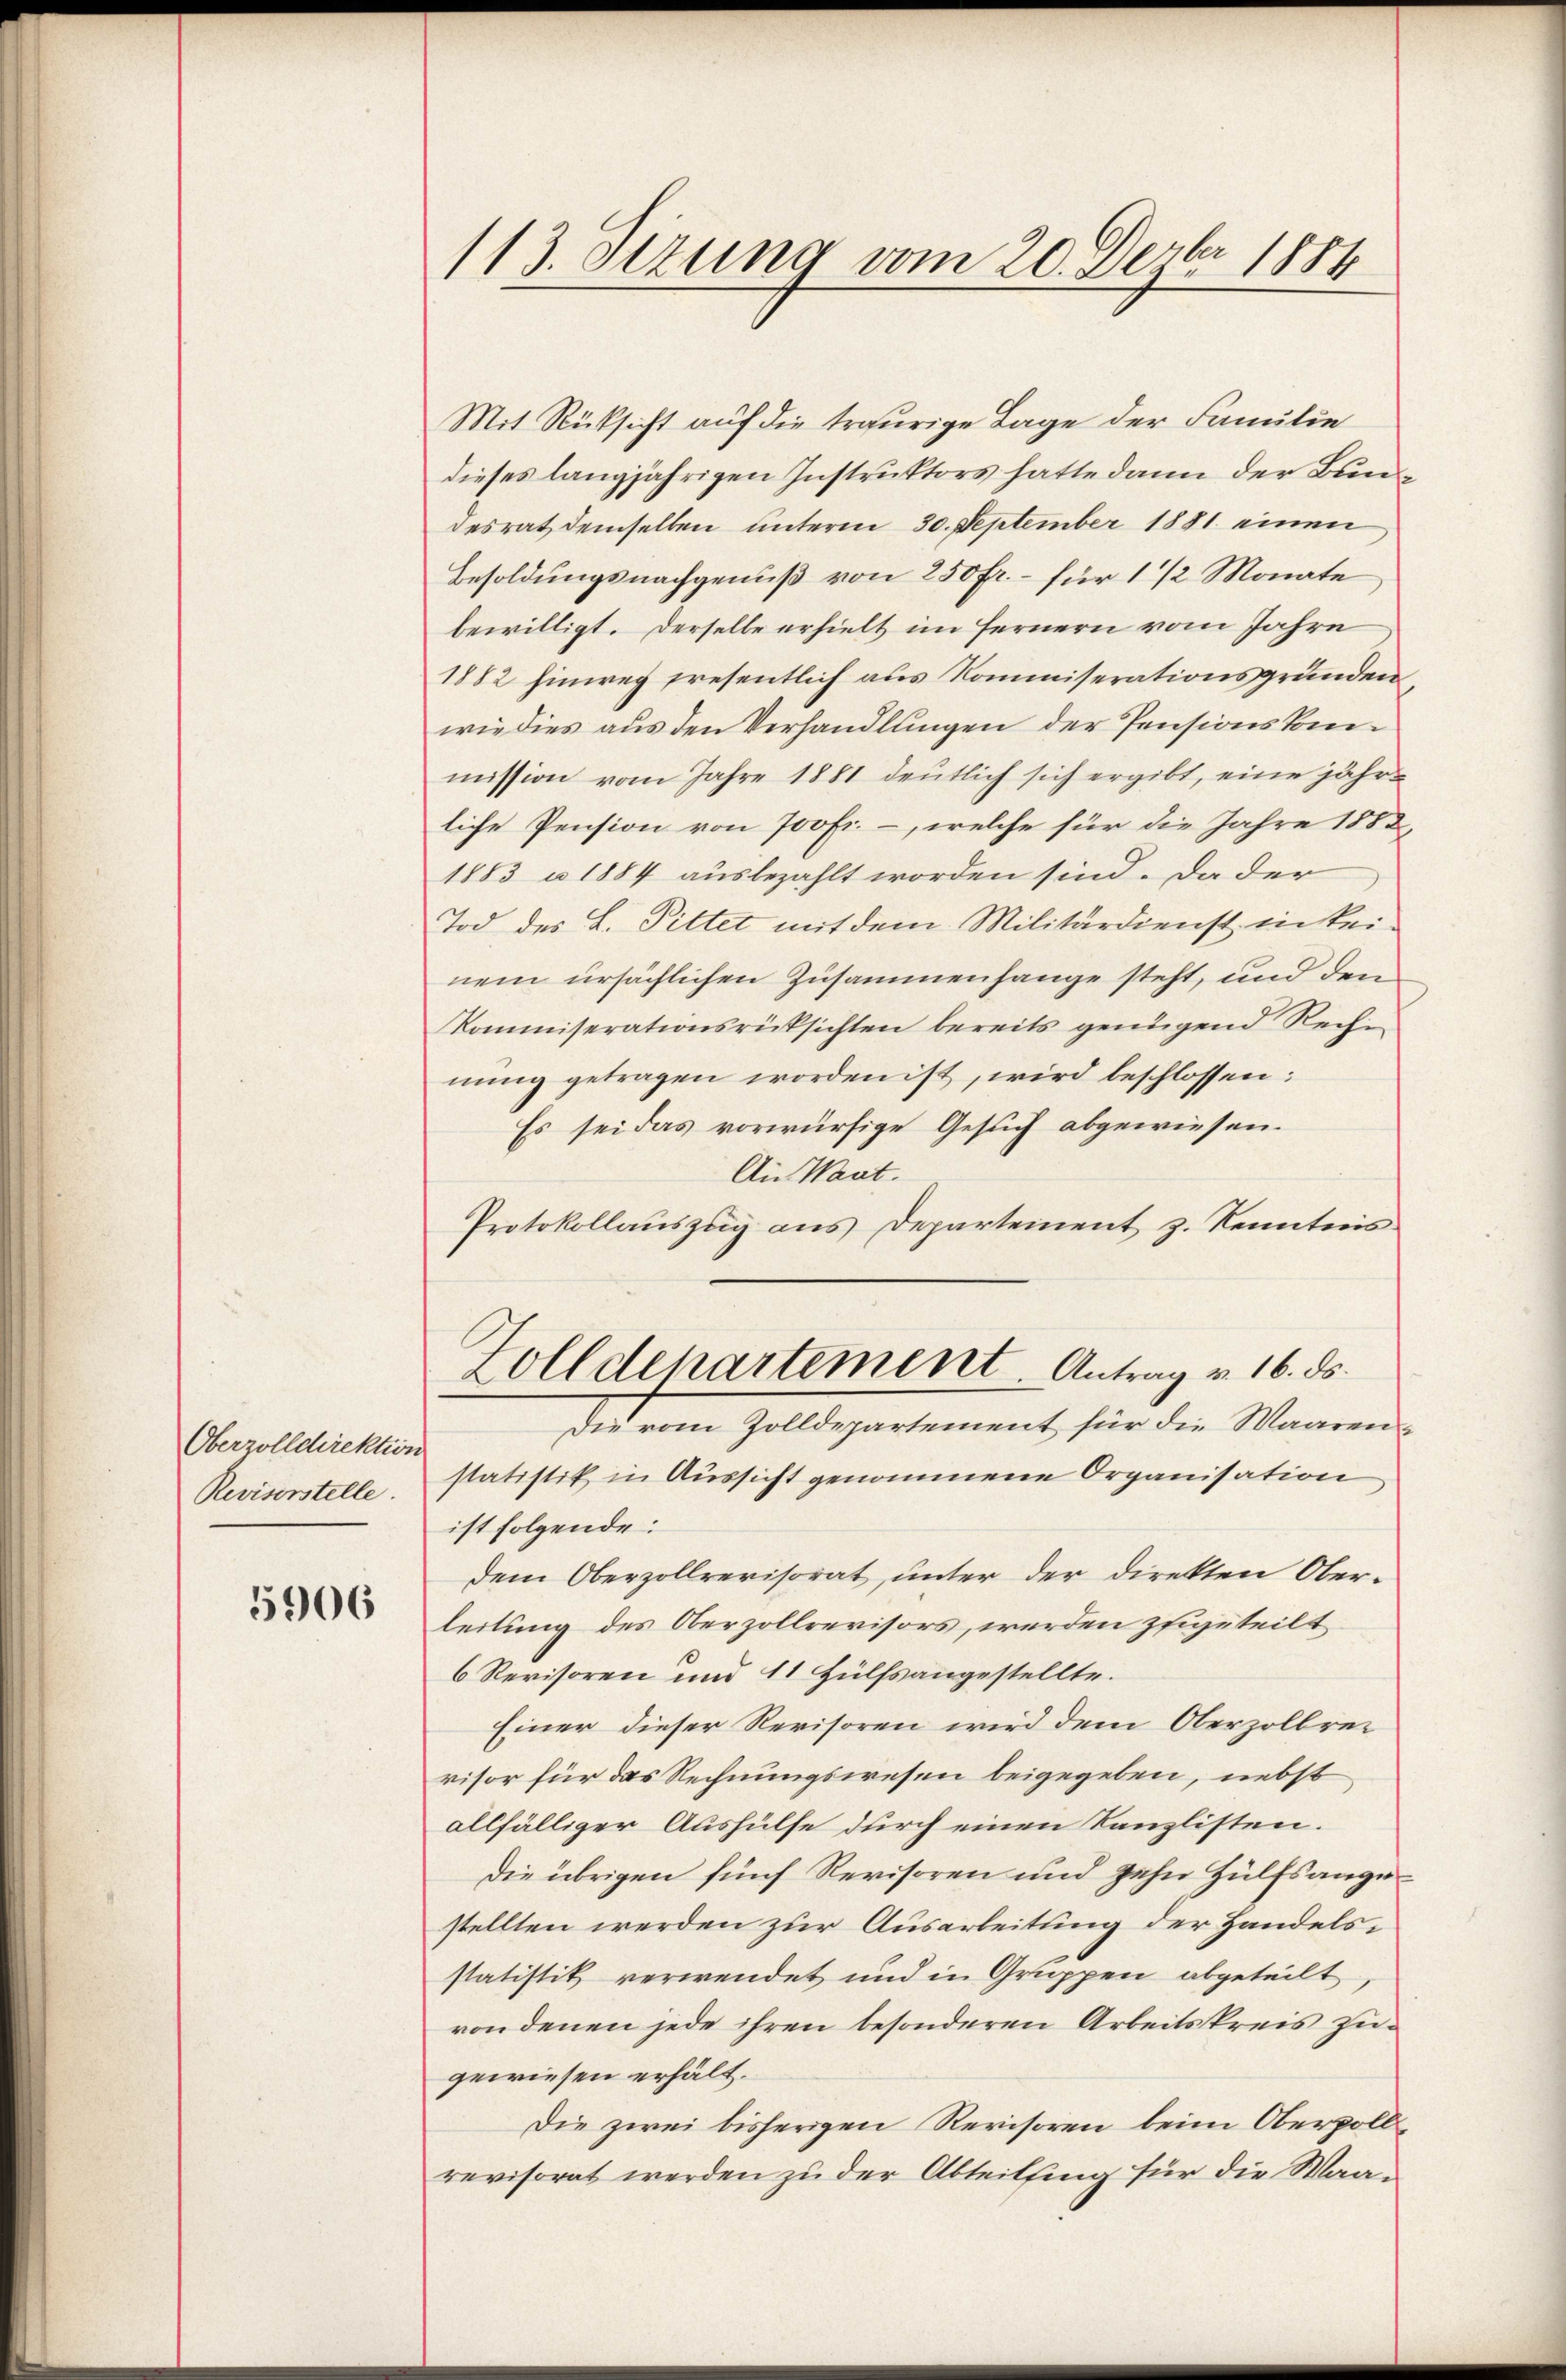
Oberzolldirektion
Reviserstelle.

5906

113. Stzung vom 20. Dezbr 1884

Mit Rücksicht auf die traurige Lage der Familie
dieses langjährigen Instruktors hatte dann der Bundesrat demselben unterm 30. September 1881 einen
Besoldungsnachgenuß von 250 fr. – für 1 1/2 Monate
bewilligt. Derselbe erhielt im Fernern vom Jahre
1882 hinweg presentlich aus Kommiserationsgründen
wie dies aus den Verhandlungen der Pensionskommission vom Jahre 1881 deutlich sich ergibt, eine jährliche Pension von 700 Fr. –, welche für die Jahre 1882,
1883 u. 1884 ausbezahlt worden sind. Da der
Tod des L. Pittet mit dem Militärdienst in keinem ursächlichen Zusammenhange steht, und den
Kommiserationsrücksichten bereits genügend Rechn
nŭng getragen worden ist, wird beschlossen:
Es sei das vorwürfige Gesuch abgewiesen.
An Waat.
Protokollaŭszŭg ans Departement z. Kenntnis
Zolldepartement. Antrag v. 16. ds.
Die vom Zolldepartement für die Waarenstatistik in Aussicht genommene Organisation
ist folgende:
dem Oberzollrevisorat, unter der Direkten Oberleitung des Oberzollrevisors, werden zugeteilt
6 Revisoren und 11 Hülfsangestellte.
Einer dieser Revisoren wird dem Oberzollrei
visor für das Rechnungswesen beigegeben, nebst
allfälliger Aushülfe durch einen Kanzlisten.
Die übrigen fünf Revisoren und zehn Hülfsangestellten werden zur Ausarbeitung der Handelsstatistik verwendet und in Gruppen abgeteilt
von denen jede ihren besonderen Arbeitskreis zugewiesen erhält.
Die zwei bisherigen Revisoren beim Oberpollrevisorat werden zu der Abteilsing für die Waa¬